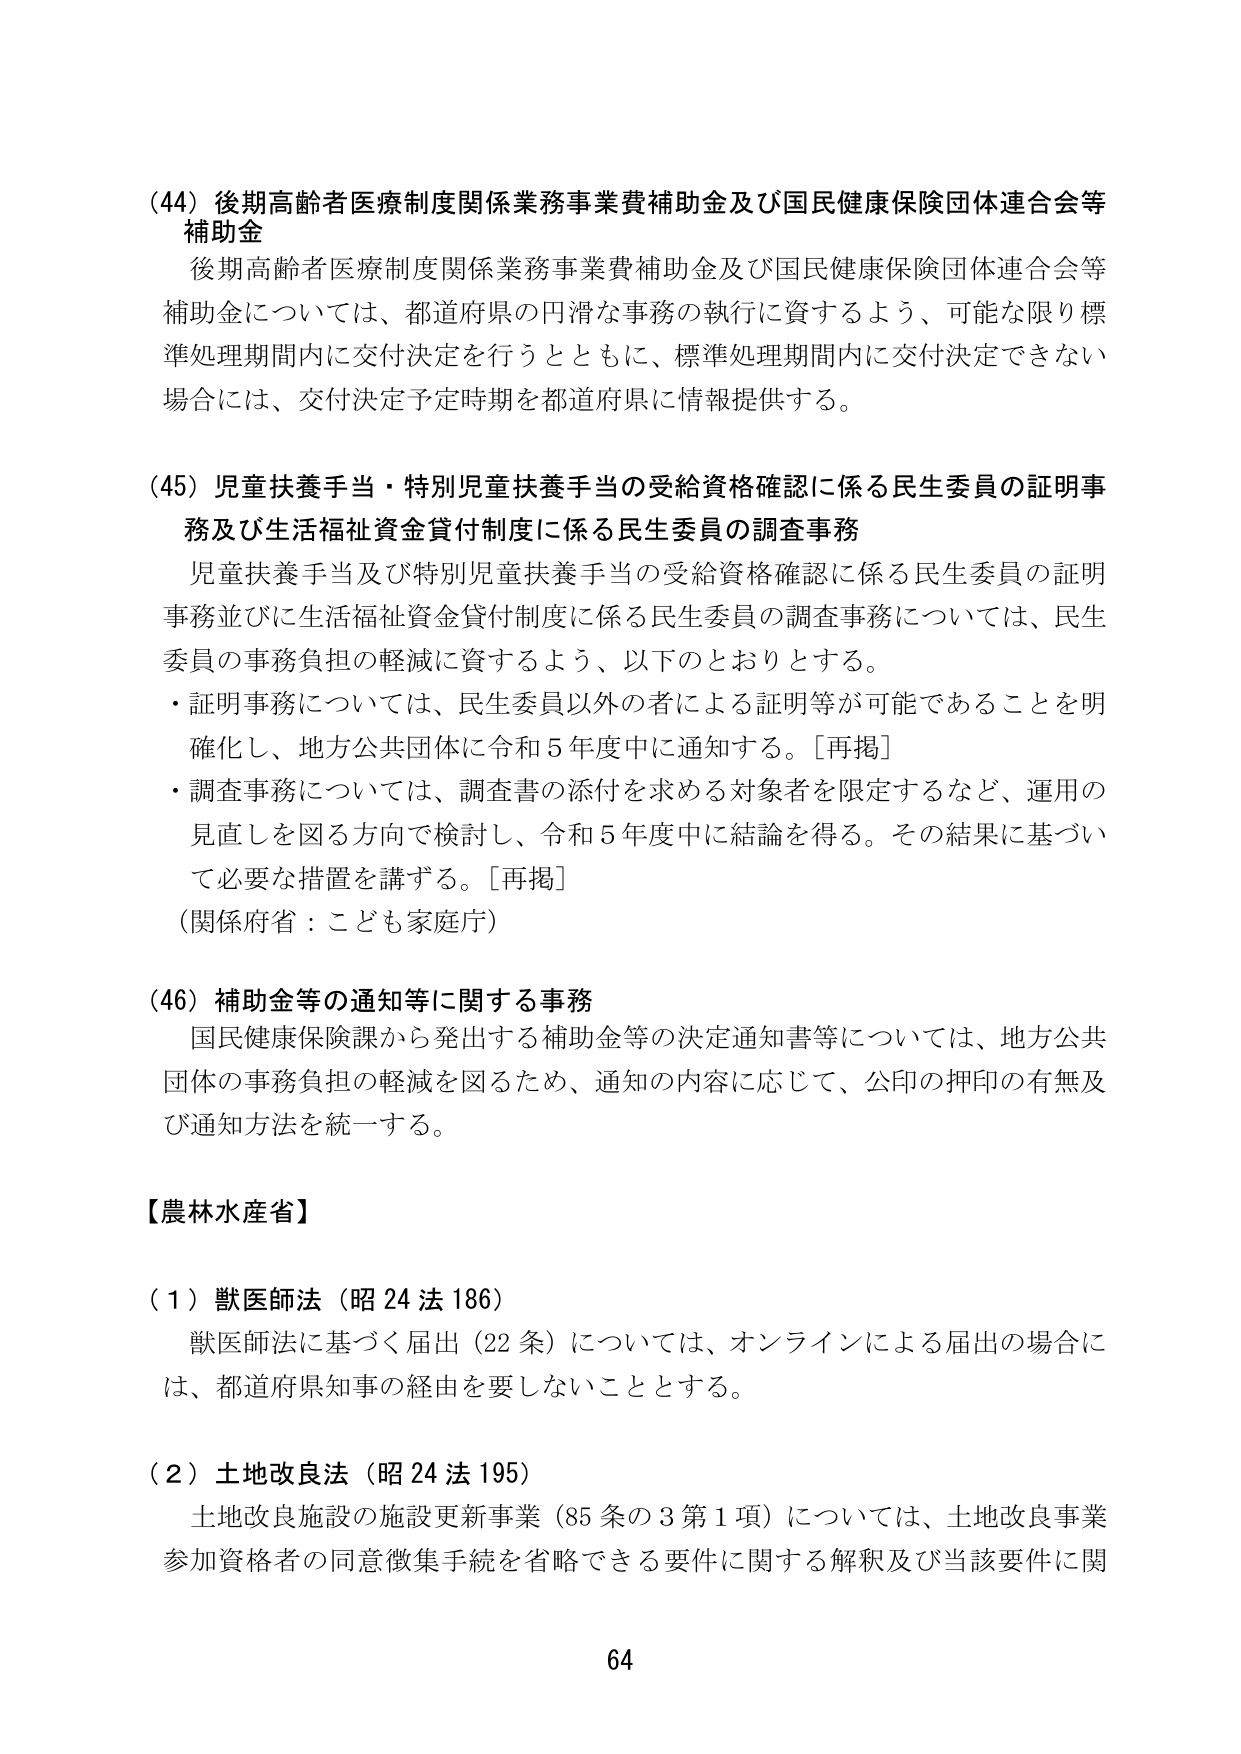
(44) 後期高齢者医療制度関係業務事業費補助金及び国民健康保険団体連合会等補助金
後期高齢者医療制度関係業務事業費補助金及び国民健康保険団体連合会等補助金については、都道府県の円滑な事務の執行に資するよう、可能な限り標準処理期間内に交付決定を行うとともに、標準処理期間内に交付決定できない場合には、交付決定予定時期を都道府県に情報提供する。

(45) 児童扶養手当・特別児童扶養手当の受給資格確認に係る民生委員の証明事務及び生活福祉資金貸付制度に係る民生委員の調査事務
児童扶養手当及び特別児童扶養手当の受給資格確認に係る民生委員の証明事務並びに生活福祉資金貸付制度に係る民生委員の調査事務については、民生委員の事務負担の軽減に資するよう、以下のとおりとする。
・証明事務については、民生委員以外の者による証明等が可能であることを明確化し、地方公共団体に令和5年度中に通知する。[再掲]
・調査事務については、調査書の添付を求める対象者を限定するなど、運用の見直しを図る方向で検討し、令和5年度中に結論を得る。その結果に基づいて必要な措置を講ずる。[再掲]
(関係府省：こども家庭庁)

(46) 補助金等の通知等に関する事務
国民健康保険課から発出する補助金等の決定通知書等については、地方公共団体の事務負担の軽減を図るため、通知の内容に応じて、公印の押印の有無及び通知方法を統一する。

【農林水産省】
(1) 獣医師法（昭24法186）
獣医師法に基づく届出（22条）については、オンラインによる届出の場合には、都道府県知事の経由を要しないこととする。

(2) 土地改良法（昭24法195）
土地改良施設の施設更新事業（85条の3第1項）については、土地改良事業参加資格者の同意徴集手続を省略できる要件に関する解釈及び当該要件に関

64